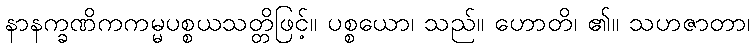
နာနက္ခဏိကကမ္မပစ္စယသတ္တိဖြင့်။ ပစ္စယော၊ သည်။ ဟောတိ၊ ၏။ သဟဇာတာ၊